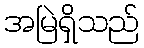
အမြဲရှိသည်